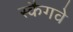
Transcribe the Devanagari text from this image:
स्कैगवे